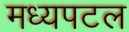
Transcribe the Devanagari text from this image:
मध्यपटल